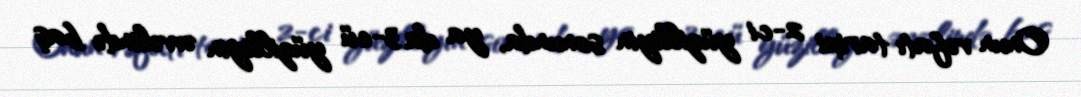
Onun vəfatı tarixi 2-ci yüzilliyin sonunda, ya da 3-cü yüzilliyin əvvəlində baş